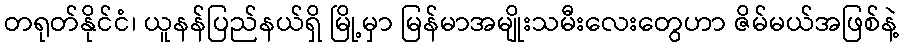
တရုတ်နိုင်ငံ၊ ယူနန်ပြည်နယ်ရှိ မြို့မှာ မြန်မာအမျိုးသမီးလေးတွေဟာ ဇိမ်မယ်အဖြစ်နဲ့